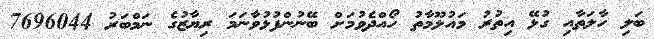
ބަލި ހާލަތާއި ގުޅޭ އިތުރު މައުލޫމާތު ހޯއްދެވުމަށް ބޭނުންފުޅުވާނަމަ ރިޔާޒުގެ ނަމްބަރު 7696044